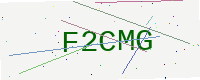
Text: F2CMG